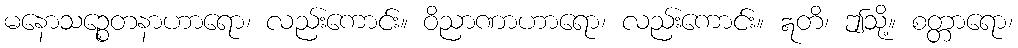
မနောသဉ္စေတနာဟာရော၊ လည်းကောင်း။ ဝိညာဏာဟာရော၊ လည်းကောင်း။ ဣတိ၊ ဤသို့။ စတ္တာရော၊